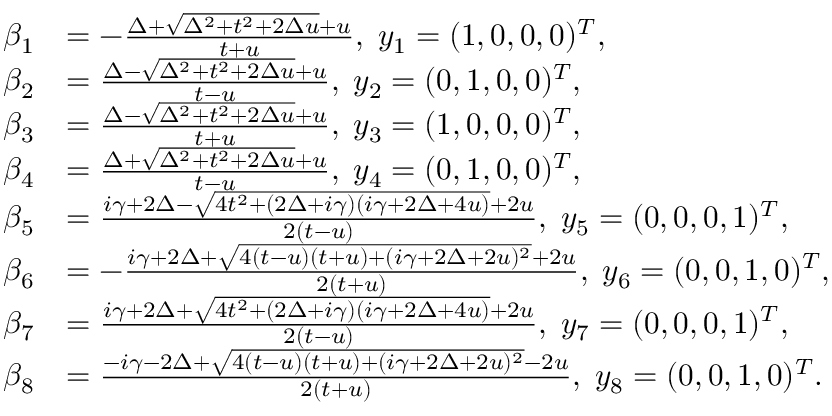
\begin{array} { r l } { \beta _ { 1 } } & { = - \frac { \Delta + \sqrt { \Delta ^ { 2 } + t ^ { 2 } + 2 \Delta u } + u } { t + u } , \; y _ { 1 } = ( 1 , 0 , 0 , 0 ) ^ { T } , } \\ { \beta _ { 2 } } & { = \frac { \Delta - \sqrt { \Delta ^ { 2 } + t ^ { 2 } + 2 \Delta u } + u } { t - u } , \; y _ { 2 } = ( 0 , 1 , 0 , 0 ) ^ { T } , } \\ { \beta _ { 3 } } & { = \frac { \Delta - \sqrt { \Delta ^ { 2 } + t ^ { 2 } + 2 \Delta u } + u } { t + u } , \; y _ { 3 } = ( 1 , 0 , 0 , 0 ) ^ { T } , } \\ { \beta _ { 4 } } & { = \frac { \Delta + \sqrt { \Delta ^ { 2 } + t ^ { 2 } + 2 \Delta u } + u } { t - u } , \; y _ { 4 } = ( 0 , 1 , 0 , 0 ) ^ { T } , } \\ { \beta _ { 5 } } & { = \frac { i \gamma + 2 \Delta - \sqrt { 4 t ^ { 2 } + ( 2 \Delta + i \gamma ) ( i \gamma + 2 \Delta + 4 u ) } + 2 u } { 2 ( t - u ) } , \; y _ { 5 } = ( 0 , 0 , 0 , 1 ) ^ { T } , } \\ { \beta _ { 6 } } & { = - \frac { i \gamma + 2 \Delta + \sqrt { 4 ( t - u ) ( t + u ) + ( i \gamma + 2 \Delta + 2 u ) ^ { 2 } } + 2 u } { 2 ( t + u ) } , \; y _ { 6 } = ( 0 , 0 , 1 , 0 ) ^ { T } , } \\ { \beta _ { 7 } } & { = \frac { i \gamma + 2 \Delta + \sqrt { 4 t ^ { 2 } + ( 2 \Delta + i \gamma ) ( i \gamma + 2 \Delta + 4 u ) } + 2 u } { 2 ( t - u ) } , \; y _ { 7 } = ( 0 , 0 , 0 , 1 ) ^ { T } , } \\ { \beta _ { 8 } } & { = \frac { - i \gamma - 2 \Delta + \sqrt { 4 ( t - u ) ( t + u ) + ( i \gamma + 2 \Delta + 2 u ) ^ { 2 } } - 2 u } { 2 ( t + u ) } , \; y _ { 8 } = ( 0 , 0 , 1 , 0 ) ^ { T } . } \end{array}